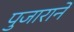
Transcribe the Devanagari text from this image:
पुजाराने